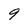
Character: 9